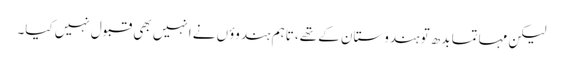
لیکن مہاتما بدھ تو ہندوستان کے تھے، تاہم ہندوؤں نے انہیں بھی قبول نہیں کیا۔